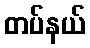
တပ်နယ်